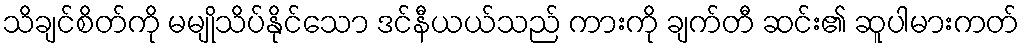
သိချင်စိတ်ကို မမျိုသိပ်နိုင်သော ဒင်နီယယ်သည် ကားကို ချက်တီ ဆင်း၏ ဆူပါမားကတ်